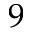
9